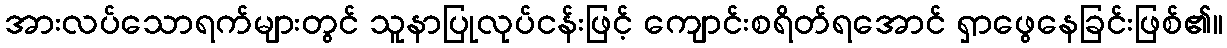
အားလပ်သောရက်များတွင် သူနာပြုလုပ်ငန်းဖြင့် ကျောင်းစရိတ်ရအောင် ရှာဖွေနေခြင်းဖြစ်၏။